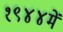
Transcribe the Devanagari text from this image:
१९४४में